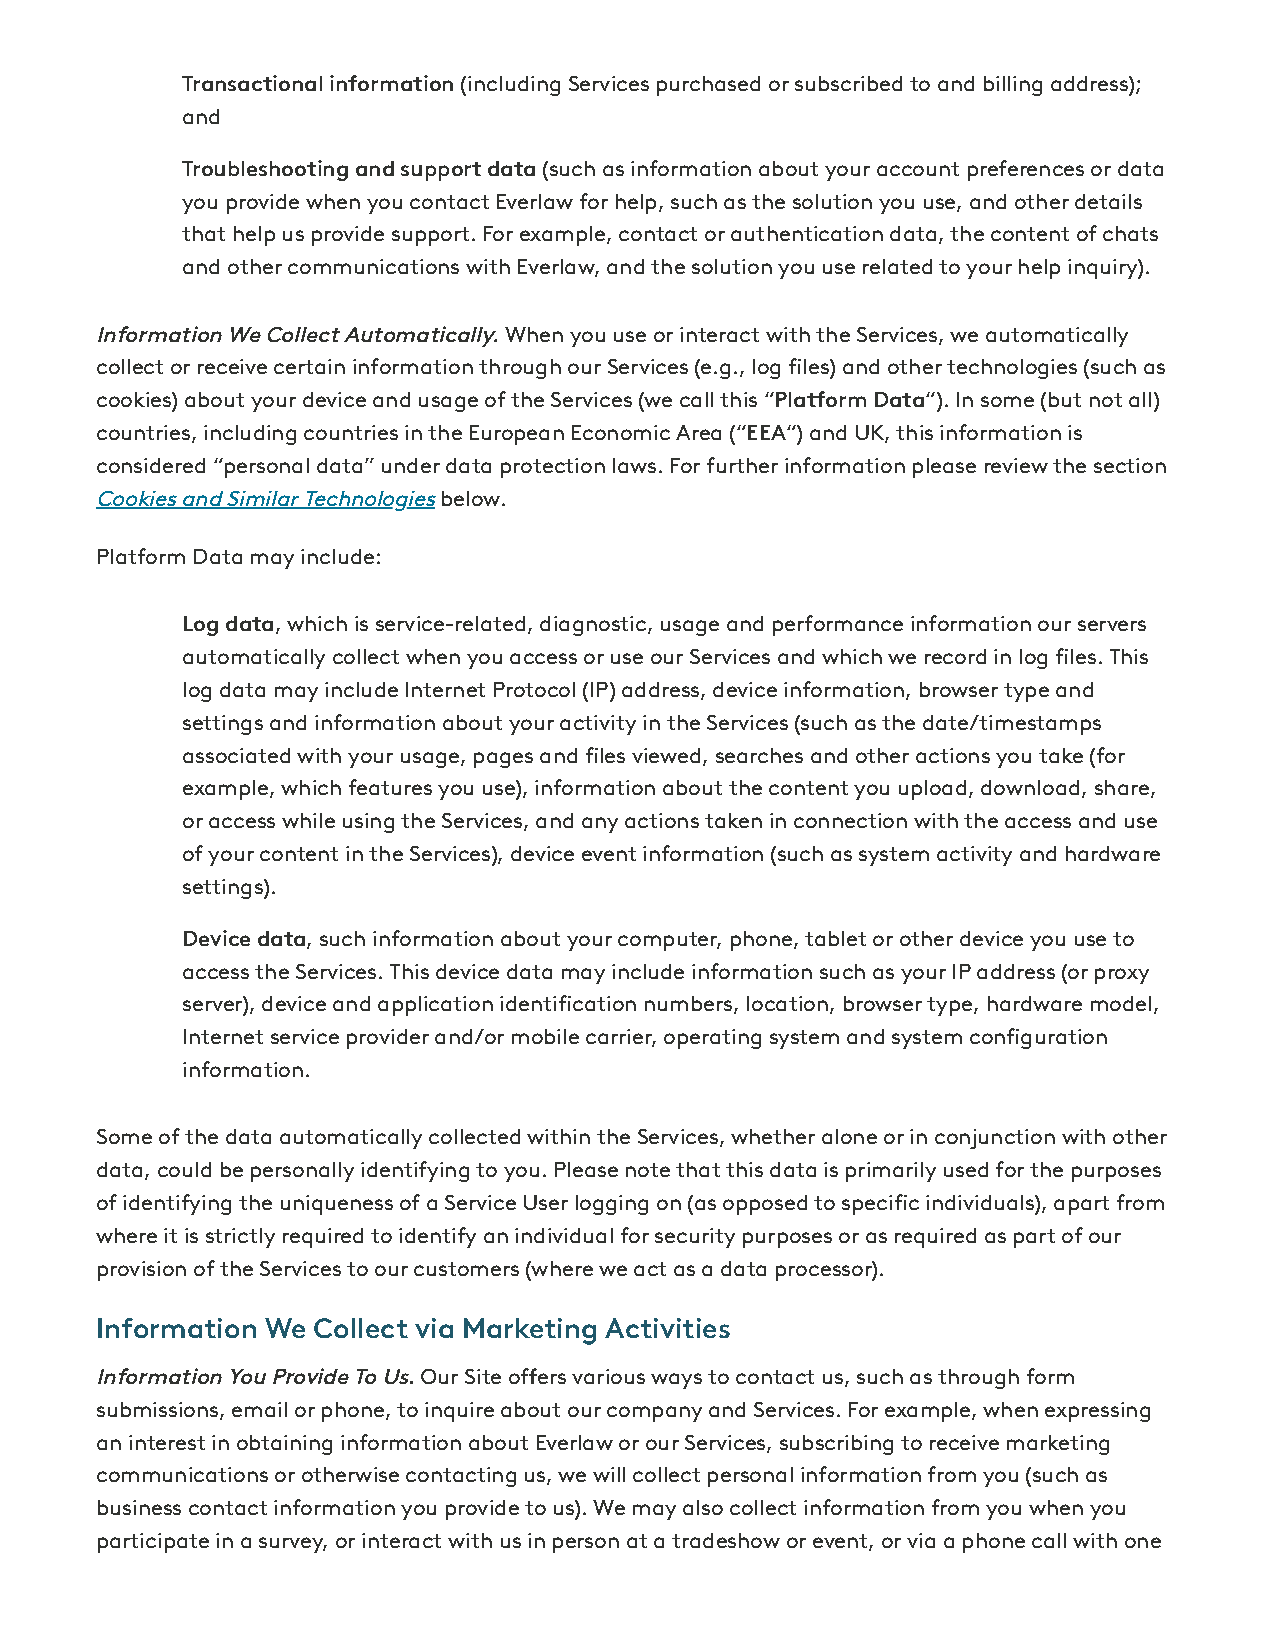
Transactional information (including Services purchased or subscribed to and billing address);
 and
 Troubleshooting and support data (such as information about your account preferences or data
 you provide when you contact Everlaw for help, such as the solution you use, and other details
 that help us provide support. For example, contact or authentication data, the content of chats
 and other communications with Everlaw, and the solution you use related to your help inquiry).
 Information We Collect Automatically. When you use or interact with the Services, we automatically
 collect or receive certain information through our Services (e.g., log les) and other technologies (such as
 cookies) about your device and usage of the Services (we call this “Platform Data“). In some (but not all)
 countries, including countries in the European Economic Area (“EEA“) and UK, this information is
 considered “personal data” under data protection laws. For further information please review the section
 Cookies and Similar Technologies below.
 Platform Data may include:
 Log data, which is service-related, diagnostic, usage and performance information our servers
 automatically collect when you access or use our Services and which we record in log les. This
 log data may include Internet Protocol (IP) address, device information, browser type and
 settings and information about your activity in the Services (such as the date/timestamps
 associated with your usage, pages and les viewed, searches and other actions you take (for
 example, which features you use), information about the content you upload, download, share,
 or access while using the Services, and any actions taken in connection with the access and use
 of your content in the Services), device event information (such as system activity and hardware
 settings).
 Device data, such information about your computer, phone, tablet or other device you use to
 access the Services. This device data may include information such as your IP address (or proxy
 server), device and application identication numbers, location, browser type, hardware model,
 Internet service provider and/or mobile carrier, operating system and system conguration
 information.
 Some of the data automatically collected within the Services, whether alone or in conjunction with other
 data, could be personally identifying to you. Please note that this data is primarily used for the purposes
 of identifying the uniqueness of a Service User logging on (as opposed to specic individuals), apart from
 where it is strictly required to identify an individual for security purposes or as required as part of our
 provision of the Services to our customers (where we act as a data processor).
 Information We Collect via Marketing Activities
 Information You Provide To Us. Our Site oers various ways to contact us, such as through form
 submissions, email or phone, to inquire about our company and Services. For example, when expressing
 an interest in obtaining information about Everlaw or our Services, subscribing to receive marketing
 communications or otherwise contacting us, we will collect personal information from you (such as
 business contact information you provide to us). We may also collect information from you when you
 participate in a survey, or interact with us in person at a tradeshow or event, or via a phone call with one